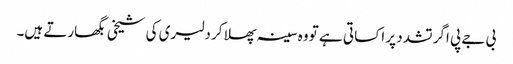
بی جے پی اگر تشدد پر اکسا تی ہے تو وہ سینہ پھلا کر دلیری کی شیخی بگھارتے ہیں۔